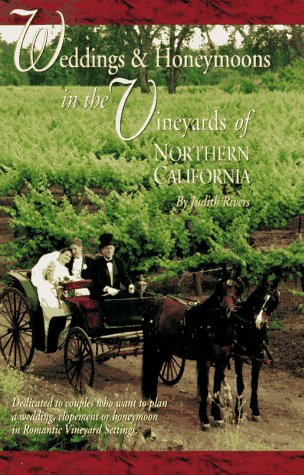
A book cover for Weddings & Honeymoons in the Vineyards of Northern California; Judith Rivers Moore; Crafts, Hobbies & Home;